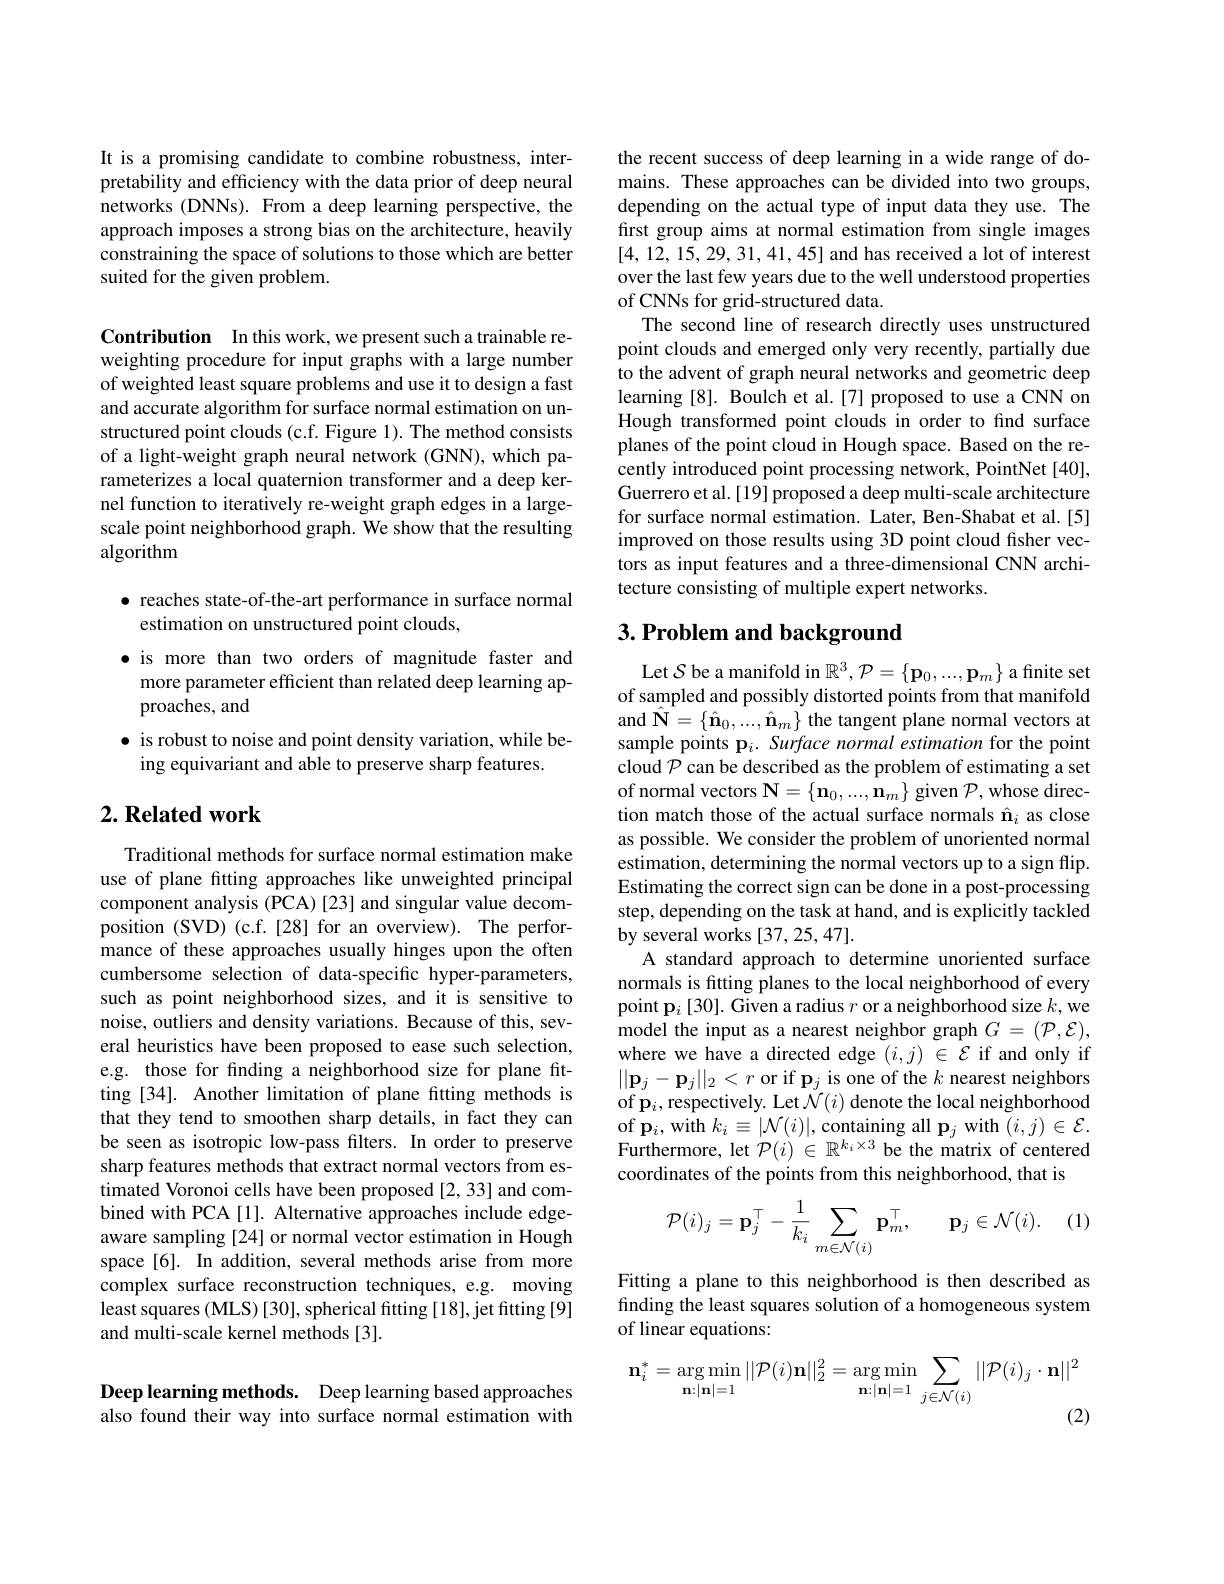
It is a promising candidate to combine robustness, interpretability and efficiency with the data prior of deep neural networks (DNNs). From a deep learning perspective, the approach imposes a strong bias on the architecture, heavily constraining the space of solutions to those which are better suited for the given problem.

Contribution In this work, we present such a trainable reweighting procedure for input graphs with a large number of weighted least square problems and use it to design a fast and accurate algorithm for surface normal estimation on unstructured point clouds (c.f. Figure 1). The method consists of a light-weight graph neural network (GNN), which parameterizes a local quaternion transformer and a deep kernel function to iteratively re-weight graph edges in a largescale point neighborhood graph. We show that the resulting algorithm

· reaches state-of-the-art performance in surface normal
estimation on unstructured point clouds,
·is more than two orders of magnitude faster and more parameter efficient than related deep learning approaches, and
$\bullet$ is robust to noise and point density variation, while be-
ing equivariant and able to preserve sharp features.

## $2. \textbf{ Related work}$

Traditional methods for surface normal estimation make use of plane ftting approaches like unweighted principal component analysis (PCA) [23] and singular value decomposition (SVD) (c.f.[28] for an overview). The performance of these approaches usually hinges upon the often cumbersome selection of data-specific hyper-parameters, such as point neighborhood sizes, and it is sensitive to noise, outliers and density variations. Because of this, several heuristics have been proposed to ease such selection, e.g. those for finding a neighborhood size for plane fitting [34]. Another limitation of plane fitting methods is that they tend to smoothen sharp details, in fact they can be seen as isotropic low-pass filters. In order to preserve sharp features methods that extract normal vectors from estimated Voronoi cells have been proposed [2,33] and combined with PCA[1]. Alternative approaches include edgeaware sampling [24] or normal vector estimation in Hough space[6]. In addition, several methods arise from more complex surface reconstruction techniques, e.g. moving least squares (MLS) [30], spherical fitting [18], jet fitting [9] and multi-scale kernel methods [3].

Deep learning methods. Deep learning based approaches also found their way into surface normal estimation with

the recent success of deep learning in a wide range of domains. These approaches can be divided into two groups, depending on the actual type of input data they use. The first group aims at normal estimation from single images [4,12,15,29,31,41,45] and has received a lot of interest over the last few years due to the well understood properties of CNNs for grid-structured data.
The second line of research directly uses unstructured point clouds and emerged only very recently, partially due to the advent of graph neural networks and geometric deep learning [8]. Boulch et al.[7] proposed to use a CNN on Hough transformed point clouds in order to find surface planes of the point cloud in Hough space. Based on the recently introduced point processing network, PointNet [40], Guerrero et al. [19] proposed a deep multi-scale architecture for surface normal estimation. Later, Ben-Shabat et al.[5] improved on those results using 3D point cloud fisher vectors as input features and a three-dimensional CNN architecture consisting of multiple expert networks.

## $3. \textbf{Problem and background}$

Let $\mathcal{S}$ be a manifold in $\mathbb{R}^3,\mathcal{P}=\{\mathbf{p}_0,...,\mathbf{p}_m\}$ a finite set of sampled and possibly distorted points from that manifold and $\hat{\mathbf{N}}=\{\hat{\mathbf{n}}_{0},...,\hat{\mathbf{n}}_{m}\}$ the tangent plane normal vectors at sample points p$_i. \textit{Surface normal estimation for the point}$ cloud $\mathcal{P}$ can be described as the problem of estimating a set of normal vectors $\mathbf{N}=\{\mathbf{n}_0,...,\mathbf{n}_m\}$ given $\mathcal{P}$,whose direction match those of the actual surface normals $\hat{\mathbf{n}}_i$ as close as possible. We consider the problem of unoriented normal estimation, determining the normal vectors up to a sign flip. Estimating the correct sign can be done in a post-processing step, depending on the task at hand, and is explicitly tackled by several works [37,25,47].
A standard approach to determine unoriented surface normals is fitting planes to the local neighborhood of every point $\mathbf{p}_i\left[30\right].$ Given a radius $r$ or a neighborhood size $k$,we model the input as a nearest neighbor graph $G=(\mathcal{P},\mathcal{E})$, where we have a directed edge $(i,j)\in\mathcal{E}$ if and only if $||\mathbf{p}_j-\mathbf{p}_j||_2<r$ or if p$_j$ is one of the $k$ nearest neighbors of p$_i$,respectively. Let $\mathcal{N}(i)$ denote the local neighborhood $\begin{array}{l}{\mathrm{of~p_{i},~with~}k_{i}\equiv|\mathcal{N}(i)|,\mathrm{containing~all~p_{j}~with~}(i,j)\in\mathcal{E}.}\\{\mathrm{of~p_{i},~with~}k_{i}\equiv|\mathcal{N}(i)|,\mathrm{containing~all~}\mathbf{p_{j}~with~}(i,j)\in\mathcal{E}.}\end{array}$ Furthermore, let $\mathcal{P}(i)\in\mathbb{R}^{k_{i}\times3}$ be the matrix of centered coordinates of the points from this neighborhood, that is
$$\mathcal{P}(i)_j=\mathbf{p}_j^\top-\frac{1}{k_i}\sum_{m\in\mathcal{N}(i)}\mathbf{p}_m^\top,\quad\mathbf{p}_j\in\mathcal{N}(i).$$
$(i$,

Fitting a plane to this neighborhood is then described as finding the least squares solution of a homogeneous system of linear equations:
$$\mathbf{n}_{i}^{*}=\arg\min_{\mathbf{n}:|\mathbf{n}|=1}||\mathcal{P}(i)\mathbf{n}||_{2}^{2}=\arg\min_{\mathbf{n}:|\mathbf{n}|=1}\sum_{j\in\mathcal{N}(i)}||\mathcal{P}(i)_{j}\cdot\mathbf{n}||^{2}$$
(2)